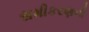
સમીકરણની